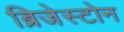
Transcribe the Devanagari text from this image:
ब्रिजेस्टोन